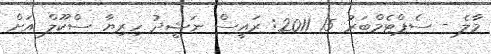
މާލެ - ސެޕްޓެމްބަރު 15 2011: ރައީސް ނަޝީދު ހިރިޔާ ސްކޫލް އަށް